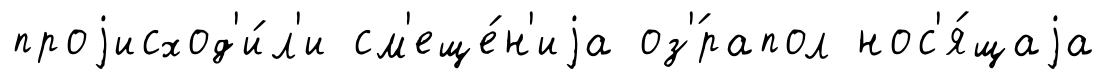
проjисход'и́л'и см'еще́н'иjа оз'́рапол нос'я́щаjа